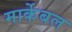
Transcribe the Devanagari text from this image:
मार्केबल